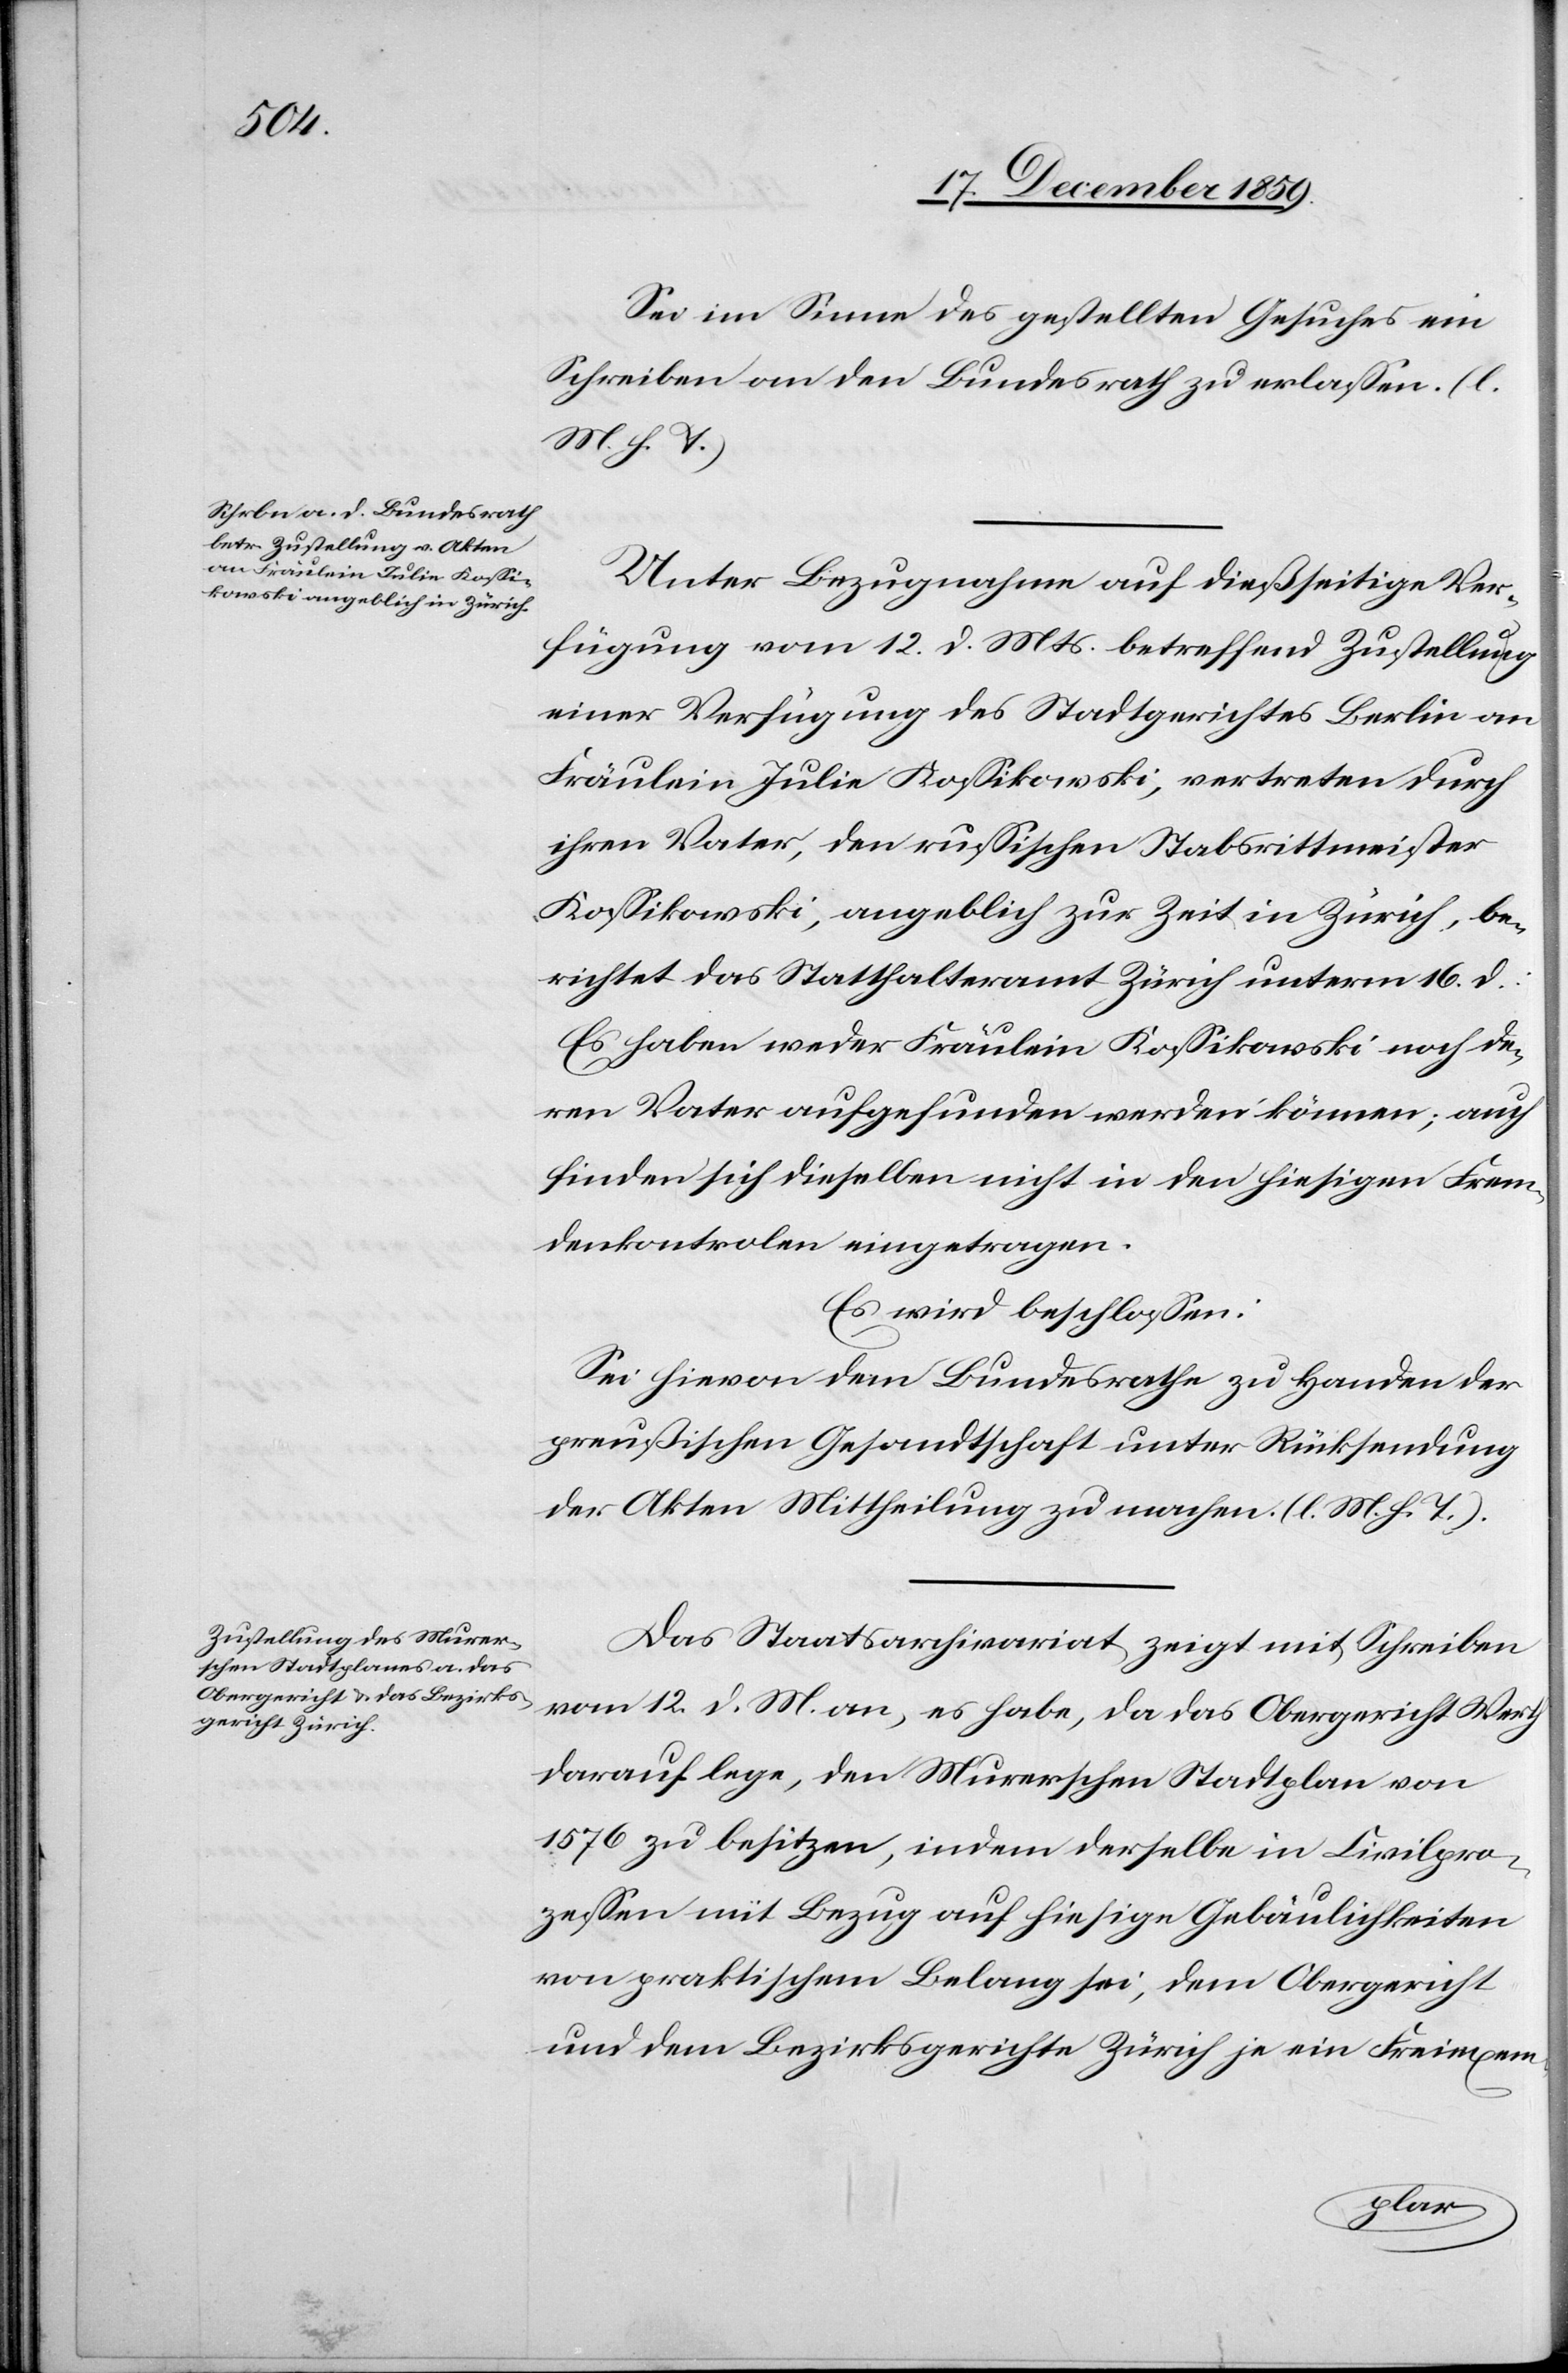
Sei im Sinne des gestellten Gesuches ein
Schreiben an den Bundesrath zu erlassen. (l.
M. h. T.)
Unter Bezugnahme auf dießseitige Ver¬
fügung vom 12. d. Mts. betreffend Zustellung
einer Verfügung des Stadtgerichtes Berlin an
Fräulein Julie Kossikowski, vertreten durch
ihren Vater, den russischen Stabsrittmeister
Kossikowski, angeblich zur Zeit in Zürich, be¬
richtet das Statthalteramt Zürich unterm 16. d.:
Es habe weder Fräulein Kossikowski noch de¬
ren Vater aufgefunden werden können; auch
finden sich dieselben nicht in den hiesigen Frem¬
denkontrolen eingetragen.
Es wird beschlossen:
Sei hievon dem Bundesrathe zu Handen der
preußischen Gesandtschaft unter Rücksendung
der Akten Mittheilung zu machen. (l. M. h. T.).
Das Staatsarchivariat zeigt mit Schreiben
vom 12. d. M. an, es habe, da das Obergericht Werth
darauf lege, den Murerschen Stadtplan von
1576 zu besitzen, indem derselbe in Civilpro¬
zessen mit Bezug auf hiesige Gebäulichkeiten
von praktischem Belang sei, dem Obergericht
und dem Bezirksgerichte Zürich je ein Freiexem-